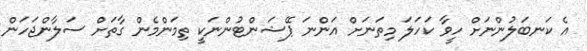
އެ ކަނބަލުންނަށް ހީވާ ކަހަލަ މިތަނަށް އަންނަ ޕޭޝަންޓުންނަކީ ތިމަންމެން ގާތަށް ސަލާންޖަހަން